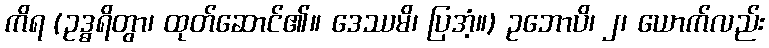
ကိရ (ဥဒ္ဓရိတွာ၊ ထုတ်ဆောင်၏။ ဒေဿမိ၊ ပြအံ့။) ဥဘောပိ၊ ၂၊ ယောက်လည်း